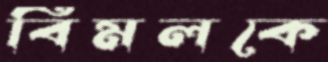
বিমলকে